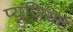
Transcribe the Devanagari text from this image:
प्यूजियट